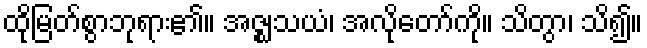
ထိုမြတ်စွာဘုရား၏။ အဇ္ဈသယံ၊ အလိုတော်ကို။ သိတွာ၊ သိ၍။